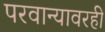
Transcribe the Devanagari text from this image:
परवान्यावरही